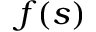
f ( s )